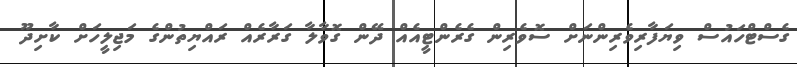
ގެސްޓްހައުސް ވިޔަފާރިވެރިންނަށް ސޮވެރިން ގެރެންޓީއެއް ދޭން ގޮވާލާ ގަރާރެއް ރައްޔިތުންގެ މަޖިލީހަށް ކާށިދޫ